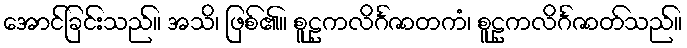
အောင်ခြင်းသည်။ အသိ၊ ဖြစ်၏။ စူဠကလိင်္ဂဇာတကံ၊ စူဠကလိင်္ဂဇာတ်သည်။